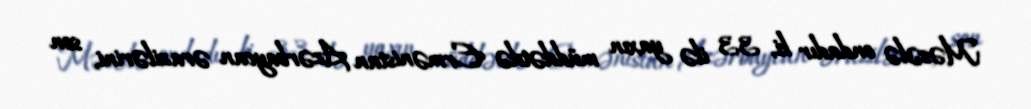
Məsələ ondadır ki, 33 ilə yaxın müddətdə Ermənistan Azərbaycan ərazilərini, son